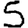
Digit: 5